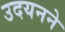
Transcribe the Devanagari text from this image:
उदयनने